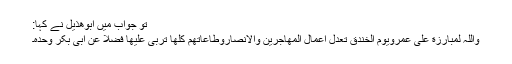
تو جواب میں ابوھذیل نے کہا:
وَاللّٰہِ لَمُبٰارِزَةِ عَلِیٍّ عَمْرویَوْمَ الْخَنْدَقِ تَعْدِلُ اَعْمٰال الْمُھٰاجِرِیْنَ وَالْاَنْصَارِوَطٰاعٰاتِھِمْ کُلَّھَا تُرْبٰی عَلَیْھَا فَضْلاً عَنْ اَبِیْ بَکْرٍ وَحْدَہُ۔